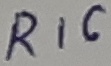
Text: R16